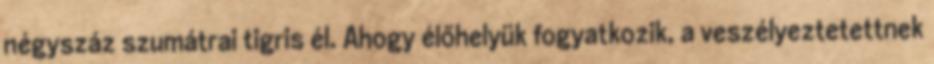
négyszáz szumátrai tigris él. Ahogy élőhelyük fogyatkozik, a veszélyeztetettnek